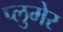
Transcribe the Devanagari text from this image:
प्लुमेर